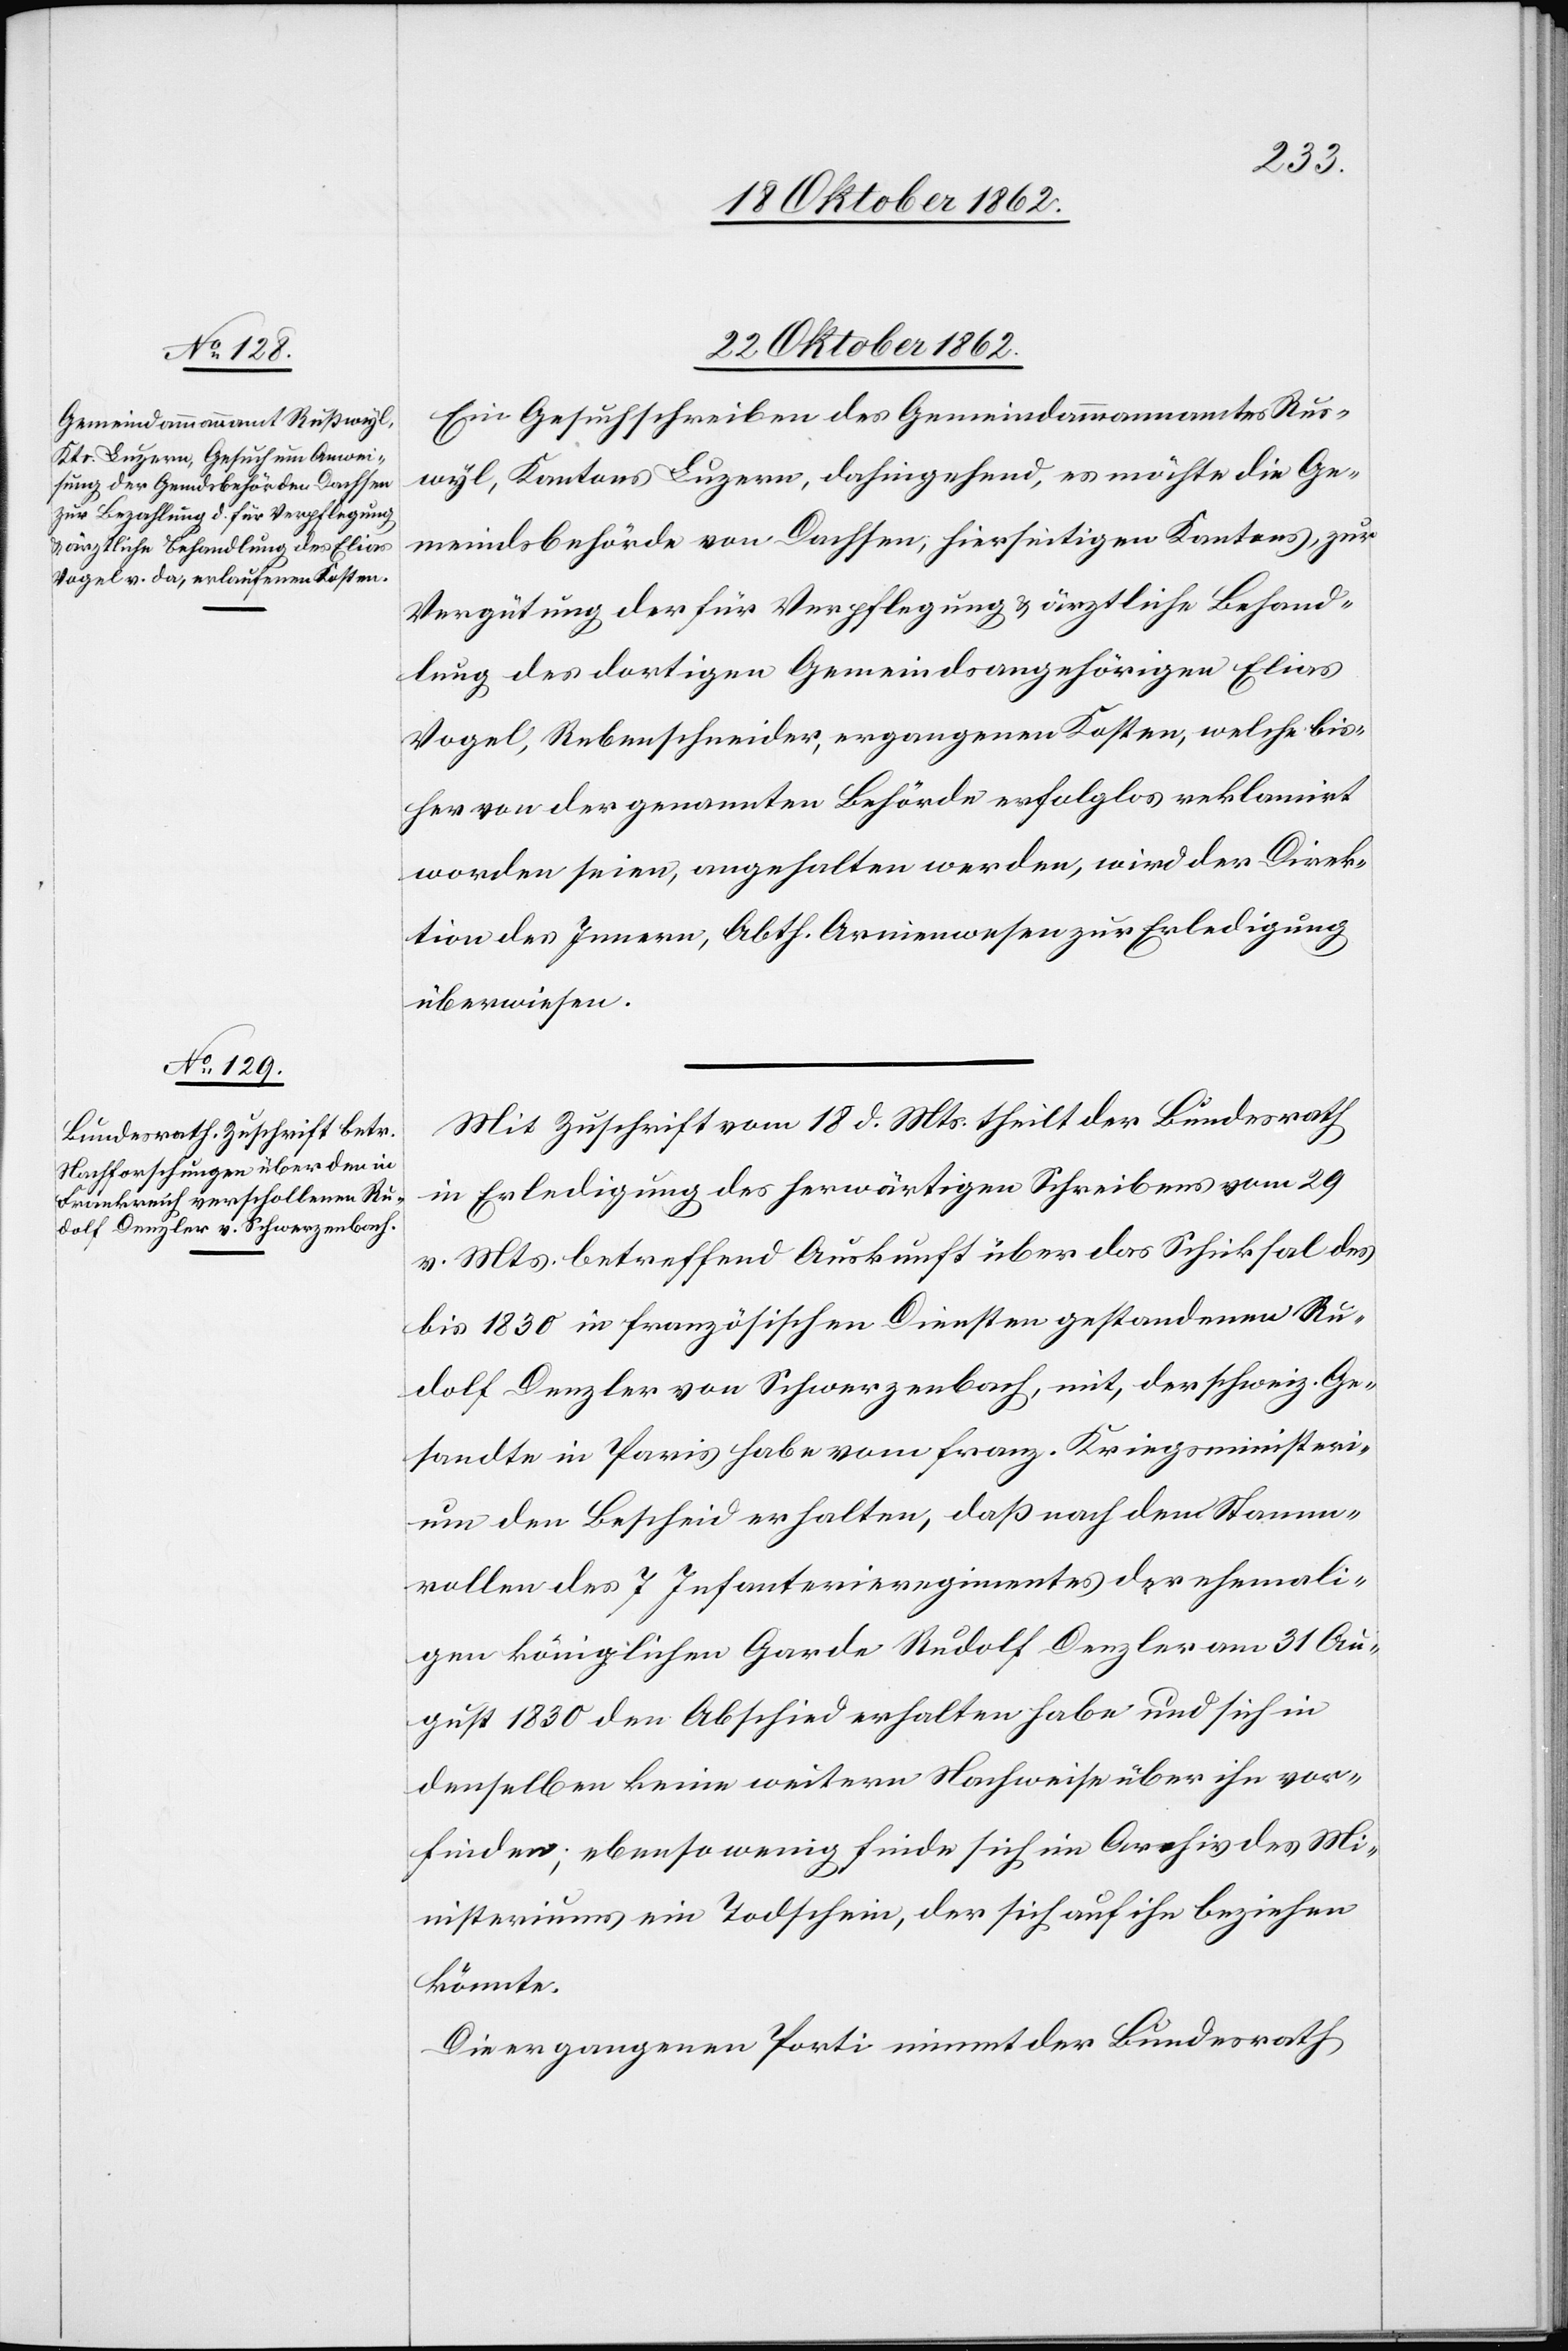
22. Oktober 1862.]
Ein Gesuchschreiben des Gemeindammannamtes Rus¬
wyl, Kantons Luzern, dahingehend, es möchte die Ge¬
meindsbehörde von Dachsen, hierseitigen Kantons, zur
Vergütung der für Verpflegung u. ärztliche Behand¬
lung des dortigen Gemeindsangehörigen Elias
Vogel, Rebenschneider, ergangenen Kosten, welche bis¬
her von der genannten Behörde erfolglos reklamirt
worden seien, angehalten werden, wird der Direk¬
tion des innern, Abth. Armenwesen zur Erledigung
überwiesen.
Mit Zuschrift vom 18. d. Mts. theilt der Bundesrath
in Erledigung des herwärtigen Schreibens vom 29.
v. Mts. betreffend Auskunft über das Schiksal des
bis 1830 in französischen Diensten gestandenen Ru¬
dolf Denzler von Schwerzenbach, mit, der schweiz. Ge¬
sandte in Paris habe vom franz. Kriegsministeri¬
um den Bescheid erhalten, daß nach den Stamm¬
rollen des 7 Infanterieregimentes der ehemali¬
gen königlichen Garde Rudolf Denzler am 31. Au¬
gust 1830 den Abschied erhalten habe und sich in
denselben keine weitern Nachweise über ihn vor¬
finden; ebenso wenig finde sich im Archiv des Mi¬
nisteriums ein Todschein, der sich auf ihn beziehen
könnte.
Die ergangenen Porti nimmt der Bundesrath